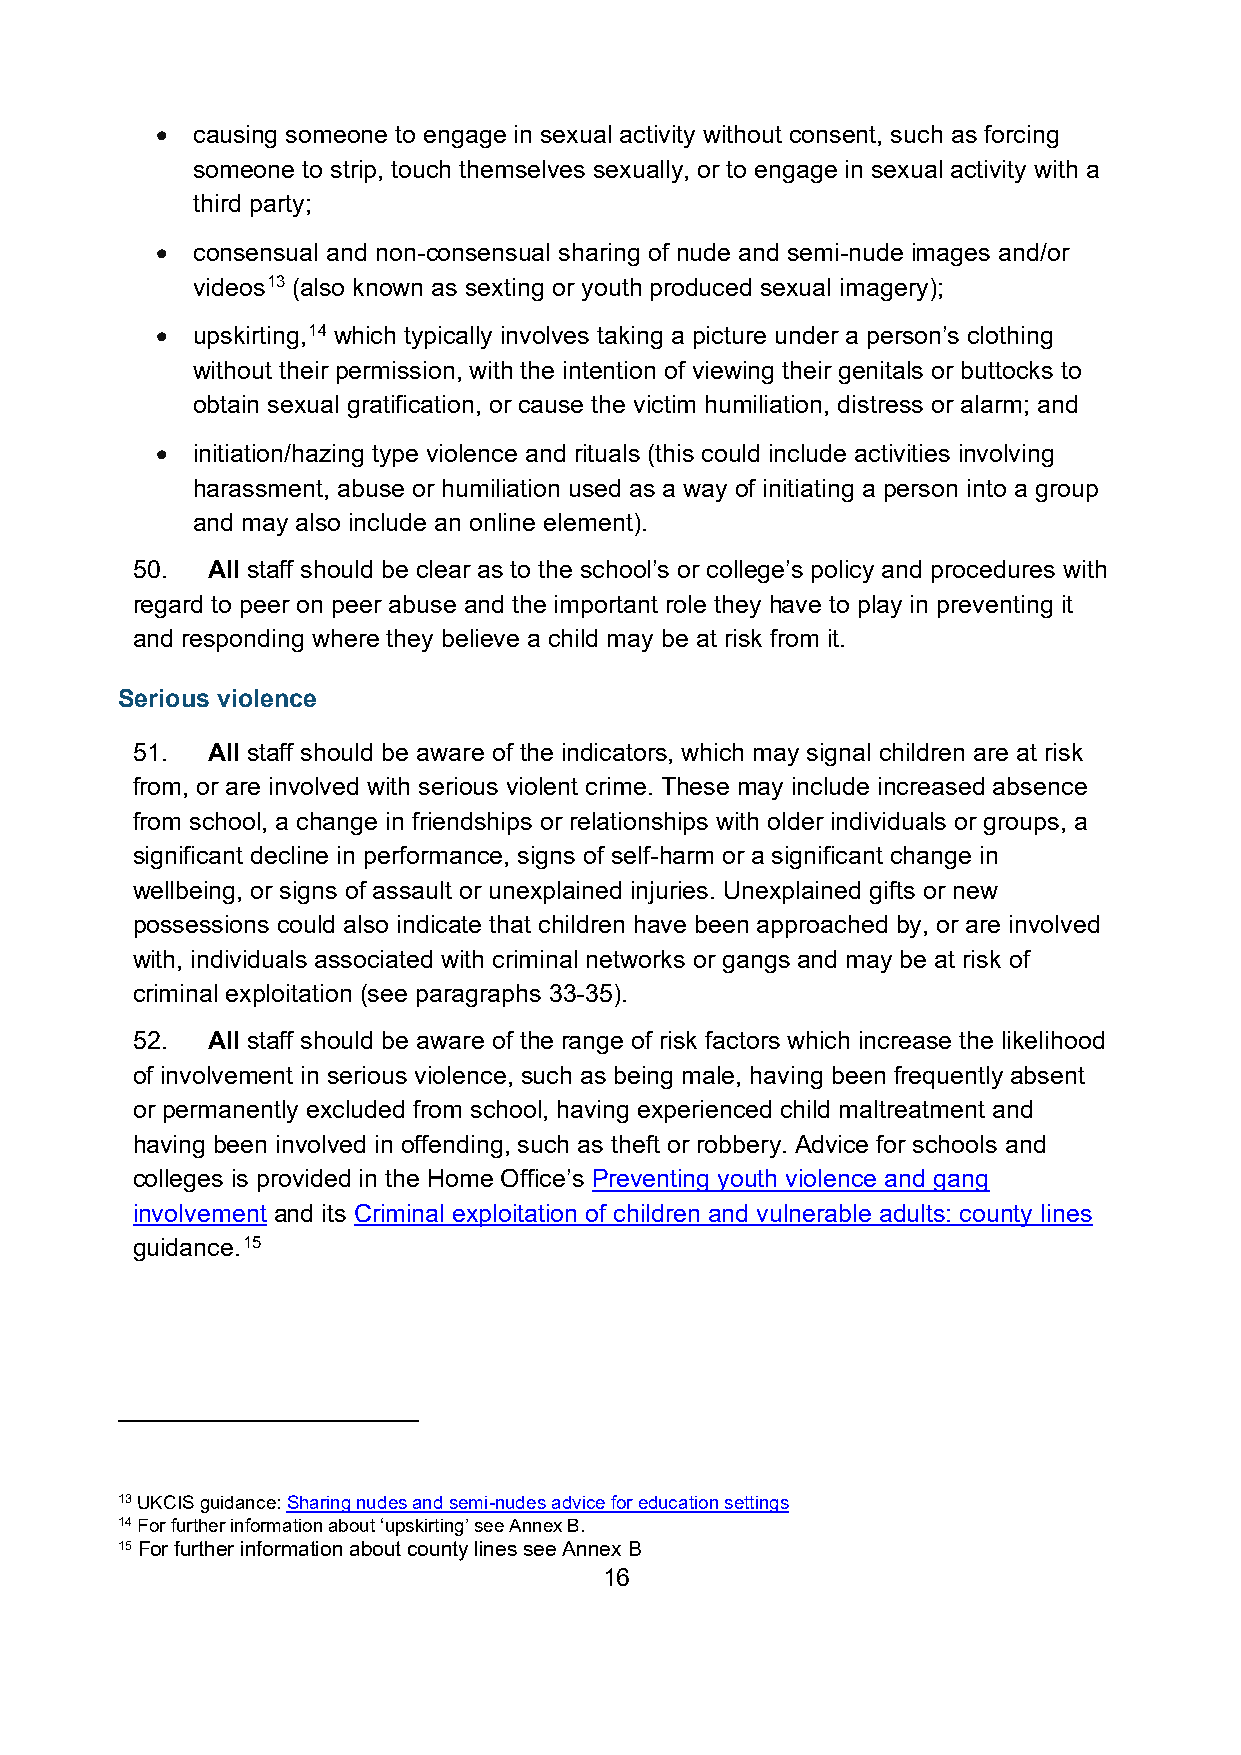
•  causing someone to engage in sexual activity without consent, such as forcing
 someone to strip, touch themselves sexually, or to engage in sexual activity with a
 third party;
 •  consensual and non-consensual sharing of nude and semi-nude images and/or
 videos13 (also known as sexting or youth produced sexual imagery);
 •  upskirting,14 which typically involves taking a picture under a person’s clothing
 without their permission, with the intention of viewing their genitals or buttocks to
 obtain sexual gratification, or cause the victim humiliation, distress or alarm; and
 •  initiation/hazing type violence and rituals (this could include activities involving
 harassment, abuse or humiliation used as a way of initiating a person into a group
 and may also include an online element).
 50.  All staff should be clear as to the school’s or college’s policy and procedures with
 regard to peer on peer abuse and the important role they have to play in preventing it
 and responding where they believe a child may be at risk from it.
 Serious violence
 51.  All staff should be aware of the indicators, which may signal children are at risk
 from, or are involved with serious violent crime. These may include increased absence
 from school, a change in friendships or relationships with older individuals or groups, a
 significant decline in performance, signs of self-harm or a significant change in
 wellbeing, or signs of assault or unexplained injuries. Unexplained gifts or new
 possessions could also indicate that children have been approached by, or are involved
 with, individuals associated with criminal networks or gangs and may be at risk of
 criminal exploitation (see paragraphs 33-35).
 52.  All staff should be aware of the range of risk factors which increase the likelihood
 of involvement in serious violence, such as being male, having been frequently absent
 or permanently excluded from school, having experienced child maltreatment and
 having been involved in offending, such as theft or robbery. Advice for schools and
 colleges is provided in the Home Office’s Preventing youth violence and gang
 involvement and its Criminal exploitation of children and vulnerable adults: county lines
 guidance.15
 13 UKCIS guidance: Sharing nudes and semi-nudes advice for education settings
 14 For further information about ‘upskirting’ see Annex B.
 15 For further information about county lines see Annex B
 16